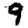
Digit: 9